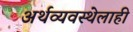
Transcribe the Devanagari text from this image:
अर्थव्यवस्थेलाही